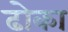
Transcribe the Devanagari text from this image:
ढाेका